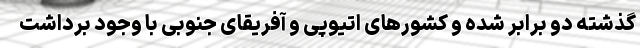
گذشته دو برابر شده و کشورهای اتیوپی و آفریقای جنوبی با وجود برداشت